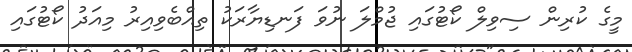
މީގެ ކުރިން ސިވިލް ކޯޓުގައި ޖުމްލަ ނުވަ ފަނޑިޔާރަކު ތިއްބެވިއިރު މިއަދު ކޯޓުގައި